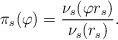
\begin{align*} \pi_s(\varphi)=\frac{\nu_{s}(\varphi r_{s})}{\nu_{s}(r_{s})}. \end{align*}